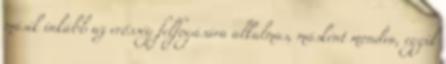
másik inkább az erősség felfogására alkalmas, másként mondva, egyik